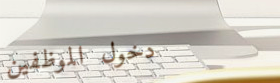
دخول الموظفين